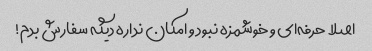
اصلا حرفه‌ای و خوشمزه نبود و امکان نداره دیگه سفارش بدم!